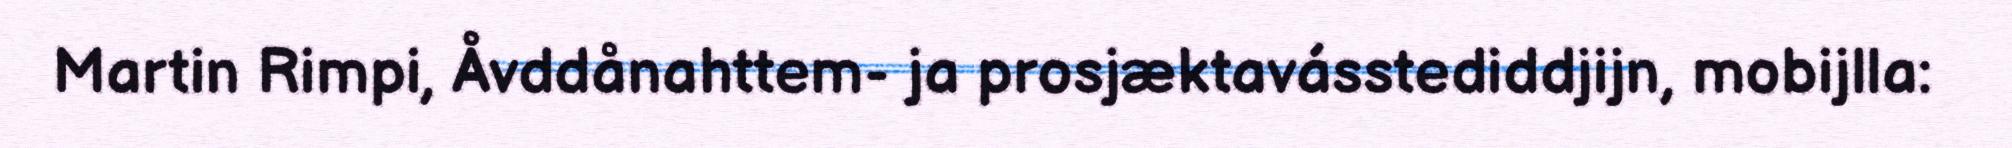
Martin Rimpi, Åvddånahttem- ja prosjæktavásstediddjijn, mobijlla: